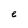
Character: e